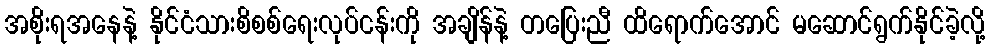
အစိုးရအနေနဲ့ နိုင်ငံသားစိစစ်ရေးလုပ်ငန်းကို အချိန်နဲ့ တပြေးညီ ထိရောက်အောင် မဆောင်ရွက်နိုင်ခဲ့လို့